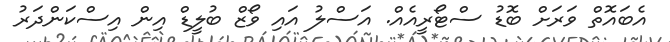
އެބައޮތް ވަރަށް ބޮޑު ސްޓޯރީއެއް. އަސްލު އައި ވޯޒް ބުލީޑް އިން އިސްކަންދަރު